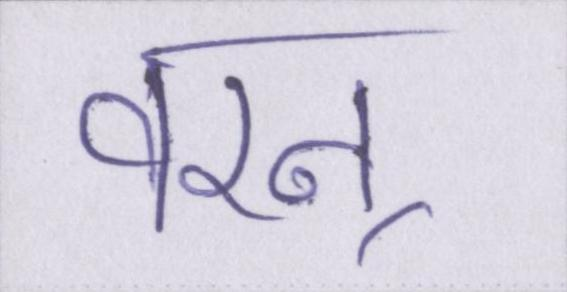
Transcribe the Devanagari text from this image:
वरन्